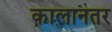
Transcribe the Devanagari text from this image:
कालानतर